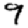
Digit: 9